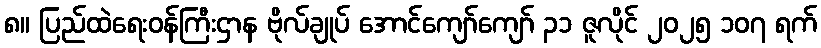
၈။ ပြည်ထဲရေးဝန်ကြီးဌာန ဗိုလ်ချုပ် အောင်ကျော်ကျော် ၃၁ ဇူလိုင် ၂၀၂၅ ၁၀၇ ရက်